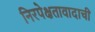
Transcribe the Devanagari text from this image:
निरपेक्षतावादाची